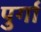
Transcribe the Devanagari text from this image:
पुर्गा